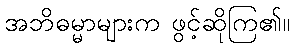
အဘိဓမ္မာများက ဖွင့်ဆိုကြ၏။